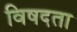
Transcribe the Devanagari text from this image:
विषदता